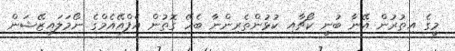
މީގެ އިތުރުން އޭނާ ބުނީ ކޯޗާއި ކުޅުންތެރިންނާ ބެހޭ ގޮތުން އެފްއޭއެމްގެ ނޯމަލައިޒޭޝަން